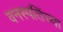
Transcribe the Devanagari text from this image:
वनस्पतिंच्या